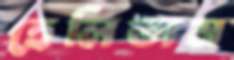
হেলিতাম